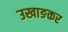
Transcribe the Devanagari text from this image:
उखाङकर